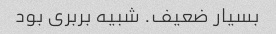
بسیار ضعیف. شبیه بربری بود